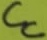
Text: CC